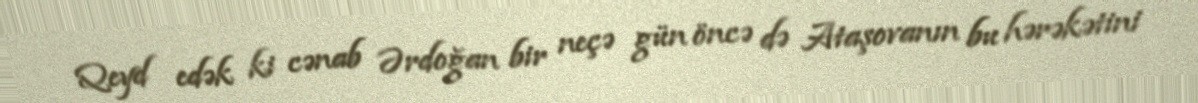
Qeyd edək ki cənab Ərdoğan bir neçə gün öncə də Ataşovanın bu hərəkətini